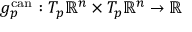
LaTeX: g _ { p } ^ { \mathrm { c a n } } : T _ { p } \mathbb { R } ^ { n } \times T _ { p } \mathbb { R } ^ { n } \to \mathbb { R }